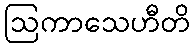
ဩကာသေဟီတိ